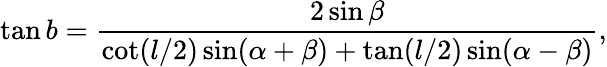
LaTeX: \tan b={\frac{2\sin\beta}{\cot(l/2)\sin(\alpha+\beta)+\tan(l/2)\sin(\alpha-\beta)}},